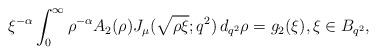
LaTeX: \begin{align*} \xi^{-\alpha} \int_0^\infty \rho^{-\alpha} A_2(\rho) J_\mu (\sqrt{\rho \xi}; q^2) \,d_{q^2}\rho = g_2(\xi), \xi\in B_{q^2}, \end{align*}